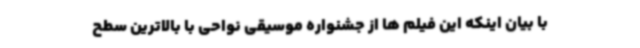
با بیان اینکه این فیلم ها از جشنواره موسیقی نواحی با بالاترین سطح